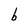
Character: b